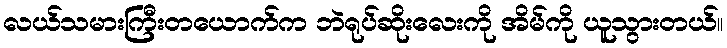
လယ်သမားကြီးတယောက်က ဘဲရုပ်ဆိုးလေးကို အိမ်ကို ယူသွားတယ်။